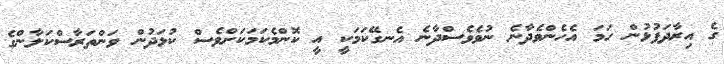
ގެ އިރާދަފުޅުން ހަމަ އެހެންވެދާނެ ނުވެވެސްދާނެ އެނގޭކަމަކީ އީ ކޮންމެކަމަކަށްވެސް ކުޅަދުން ވަންތަރާސްކަލާންގެ